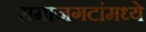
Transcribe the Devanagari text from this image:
समाजगटांमध्ये